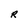
Character: R